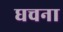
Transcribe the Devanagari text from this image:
घचना